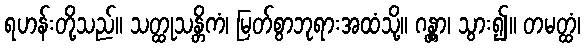
ရဟန်းတို့သည်။ သတ္ထုသန္တိကံ၊ မြတ်စွာဘုရားအထံသို့။ ဂန္တွာ၊ သွား၍။ တမတ္ထံ၊